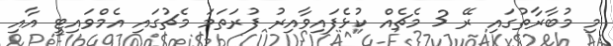
މި މުބާރާތުގައި ރޭ 3 މެޗެއް ކުޅެފައިވާއިރު ފުރަތަމަ މެޗުގައި އެމްވައިޓީ އާއި